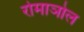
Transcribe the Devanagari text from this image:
रोमाञोल